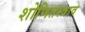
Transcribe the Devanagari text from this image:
शोणितस्त्राव